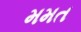
મમત